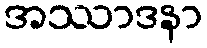
အဿာဒနာ